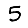
Digit: 5